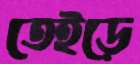
তেইড়ে